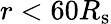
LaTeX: r<60R_{\mathrm{s}}